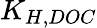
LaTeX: K_{H,DOC}